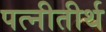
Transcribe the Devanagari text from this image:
पत्नीतीर्थ